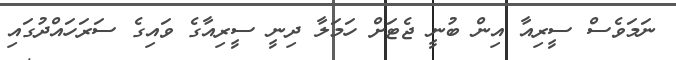
ނަމަވެސް ސީރިއާ އިން ބުނީ ޖެޓަށް ހަމަލާ ދިނީ ސީރިއާގެ ވައިގެ ސަރަހައްދުގައި